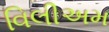
વિલીઅમ